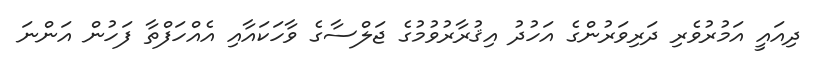
ދިއައީ އަމުރުވެރި ދަރިވަރުންގެ އަހުދު އިޤުރާރުވުމުގެ ޖަލްސާގެ ވާހަކައާއި އެއްހަފްތާ ފަހުން އަންނަ